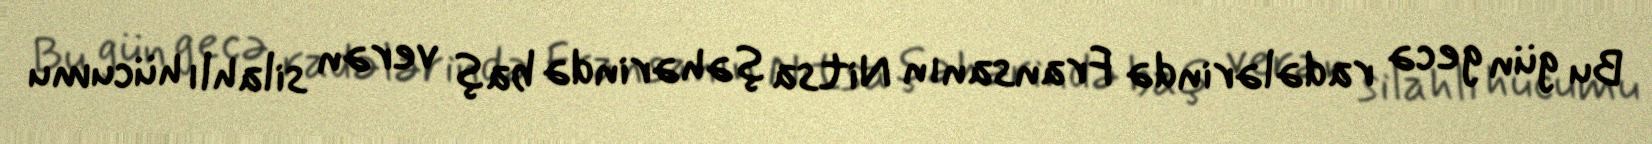
Bu gün gecə radələrində Fransanın Nitsa şəhərində baş verən silahlı hücumu